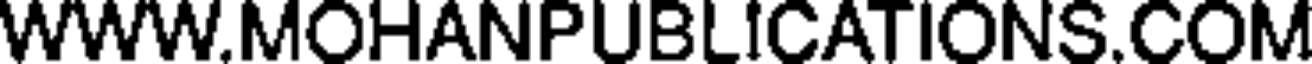
WWW.MOHANPUBLICATIONS.COM